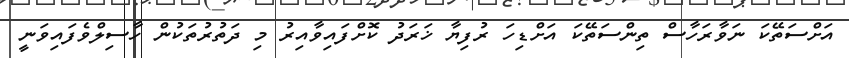
އަށްސަތޭކަ ނަވާރަހާސް ތިންސަތޭކަ އަށްޑިހަ ރުފިޔާ ޚަރަދު ކޮށްފައިވާއިރު މި ދަތުރުތަކުން ހާސިލްވެފައިވަނީ